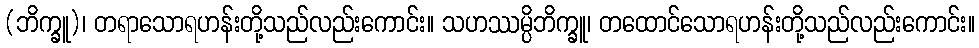
(ဘိက္ခူ)၊ တရာသောရဟန်းတို့သည်လည်းကောင်း။ သဟဿမ္ပိဘိက္ခူ၊ တထောင်သောရဟန်းတို့သည်လည်းကောင်း။